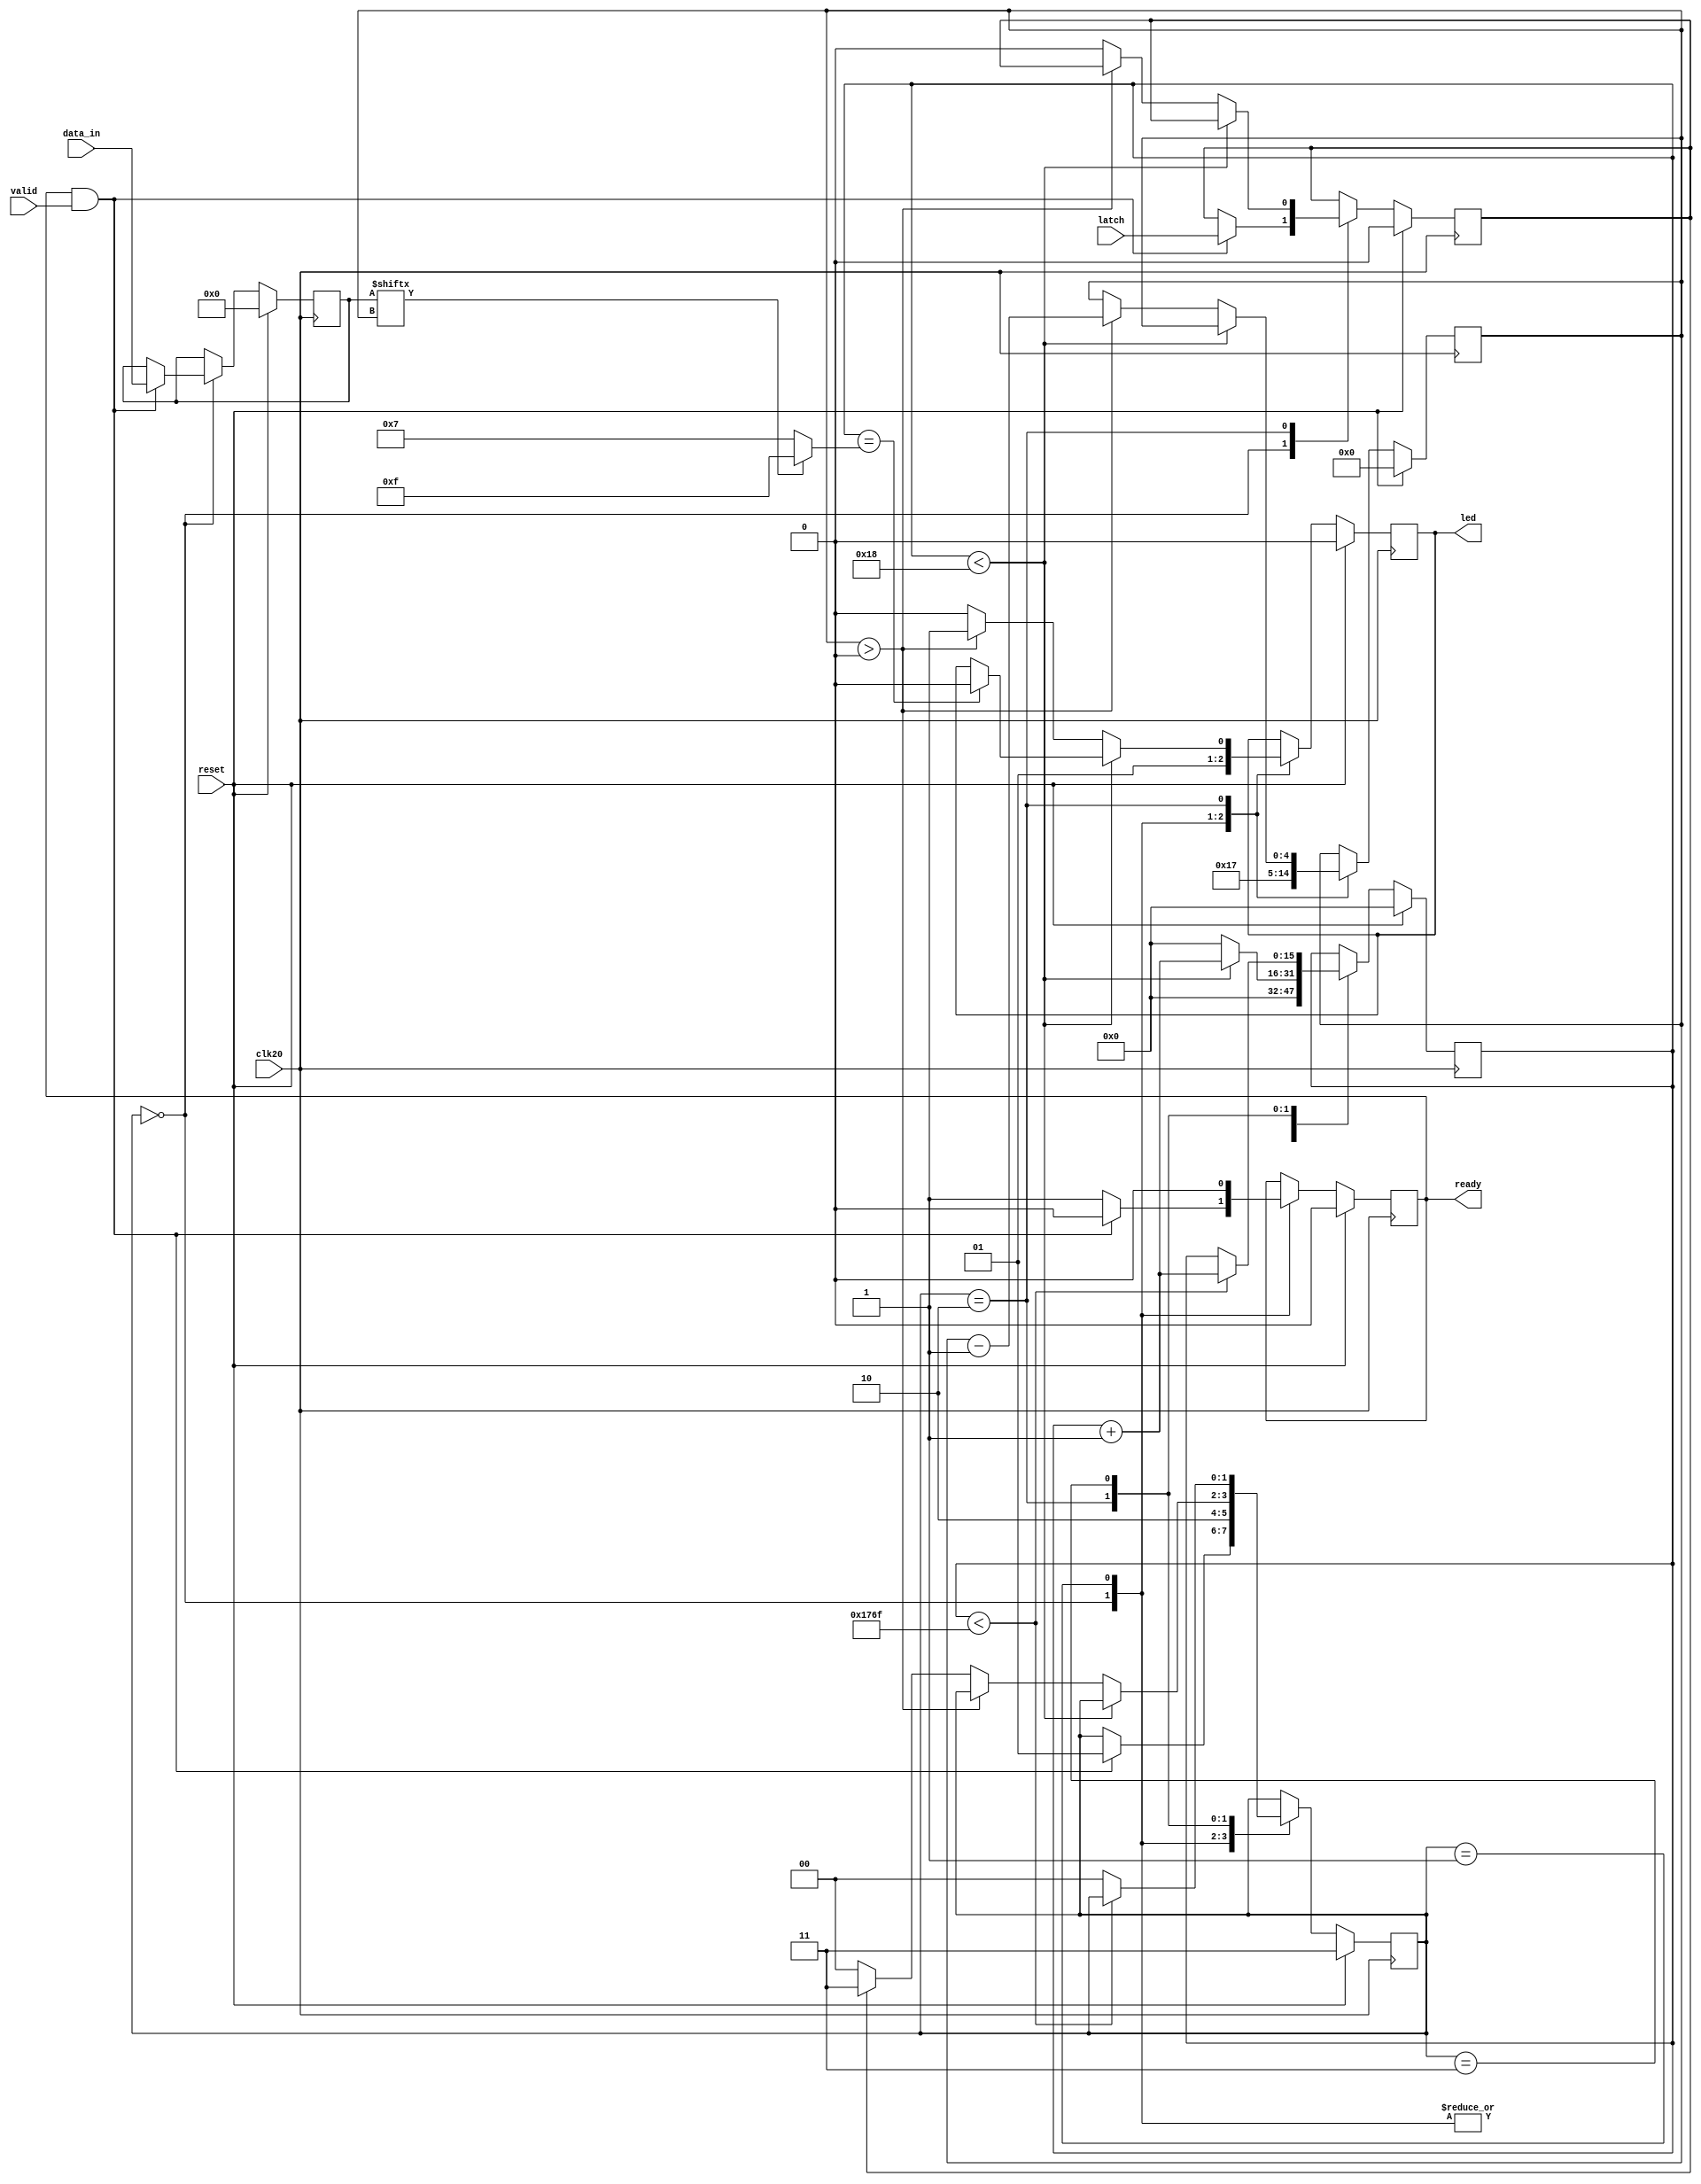
module ws2812b (
    input wire clk20,             // 20 MHz input clock
    input wire reset,
    input wire [23:0] data_in,    // color data
    input wire valid,
    input wire latch,
    output reg ready,
    output reg led          // output signal to LED strip
);

  // Define timing parameters according to WS2812B datasheet
  localparam T0H = 400e-9;       // width of '0' high pulse (400ns)
  localparam T1H = 800e-9;       // width of '1' high pulse (800ns)
  localparam T0L = 850e-9;       // width of '0' low pulse (850ns)
  localparam T1L = 450e-9;       // width of '1' low pulse (450ns)
  localparam PERIOD = 1250e-9;   // total period of one bit (1250ns)
  localparam RES_DELAY = 300e-6; // reset duration (300us)

  // Calculate clock cycles needed based on input clock frequency
  parameter CLOCK_FREQ = 20e6; // 20MHz clock frequency

  // Calculate clock cycles for each timing parameter
  localparam [15:0] CYCLES_PERIOD = $floor(CLOCK_FREQ * PERIOD);
  localparam [15:0] CYCLES_T0H = $floor(CLOCK_FREQ * T0H);
  localparam [15:0] CYCLES_T1H = $floor(CLOCK_FREQ * T1H);
  localparam [15:0] CYCLES_T0L = CYCLES_PERIOD - CYCLES_T0H;
  localparam [15:0] CYCLES_T1L = CYCLES_PERIOD - CYCLES_T1H;
  localparam [15:0] CYCLES_RESET = $floor(CLOCK_FREQ * RES_DELAY);

  // state machine
  parameter IDLE = 0, START = 1, SEND_BIT = 2, RESET = 3;
  reg [1:0] state;

  reg [4:0] bitpos;
  reg [15:0] time_counter;
  reg [23:0] data;
  reg will_latch;

  // State machine logic
  always @(posedge clk20) begin
    if (reset) begin
      state <= RESET;
      bitpos <= 0;
      time_counter <= 0;
      led <= 0;
      ready <= 0;
      data <= 24'b0;
      will_latch <= 0;
    end else begin
      case (state)
        IDLE: begin
          bitpos <= 0;
          time_counter <= 0;
          led <= 0;
          if (ready & valid) begin
            data <= data_in;
            will_latch <= latch;
            ready <= 0;
            state <= START;
          end else begin
            ready <= 1;
          end
        end

        START: begin
          // Initialize for sending data
          state <= SEND_BIT;
          bitpos <= 23;
          time_counter <= 0;
          led <= 1;
          ready <= 0;
        end

        SEND_BIT: begin
          if (time_counter < CYCLES_PERIOD - 1) begin
            // Continue sending current bit
            time_counter <= time_counter + 1;
            if (time_counter == (data[bitpos] ? CYCLES_T1H - 1 : CYCLES_T0H - 1))
                led <= 0;
          end else if (bitpos > 0) begin
            // Move to next bit
            bitpos <= bitpos - 1;
            time_counter <= 0;
            led <= 1;
          end else begin
            // All bits sent
            state <= will_latch ? RESET : IDLE;
            will_latch <= 0;
            time_counter <= 0;
            led <= 0;
          end
        end

        RESET: begin
          if (time_counter < CYCLES_RESET) begin
            // Continue reset pulse
            time_counter <= time_counter + 1;
          end else begin
            // Reset complete, return to idle
            state <= IDLE;
          end
        end

        default: begin
          state <= RESET;
        end
      endcase
    end
  end

endmodule